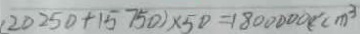
( 2 0 2 5 0 + 1 5 7 5 0 ) \times 5 0 = 1 8 0 0 0 0 0 ( c m ^ { 3 }